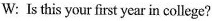
W: Is this your first year in college?